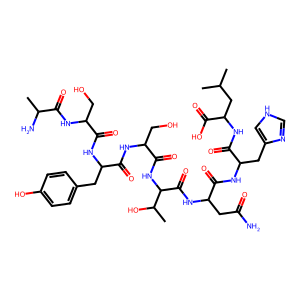
SMILES: CC(C)CC(NC(=O)C(Cc1c[nH]cn1)NC(=O)C(CC(N)=O)NC(=O)C(NC(=O)C(CO)NC(=O)C(Cc1ccc(O)cc1)NC(=O)C(CO)NC(=O)C(C)N)C(C)O)C(=O)O
Inhibits HIV replication: No